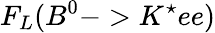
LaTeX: F_{L}(B^{0}->K^{\star}ee)